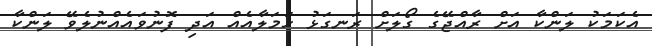
އެކަމަކު ލަންކާ އަށް ރާއްޖޭގެ ގޯލަށް ރަނގަޅު ހަމަލާއެއް އަދި ފޮނުވައެއްނުލެވޭ ލަންކާ